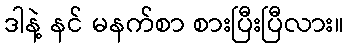
ဒါနဲ့ နင် မနက်စာ စားပြီးပြီလား။